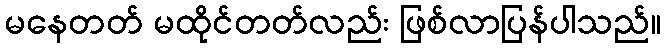
မနေတတ် မထိုင်တတ်လည်း ဖြစ်လာပြန်ပါသည်။